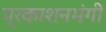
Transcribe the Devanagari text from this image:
प्रकाशनभंगी